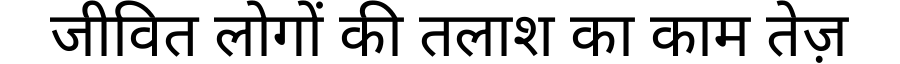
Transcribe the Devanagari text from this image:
जीवित लोगों की तलाश का काम तेज़